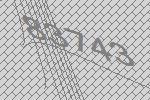
83743